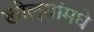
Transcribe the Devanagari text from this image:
खोल्यांमधे